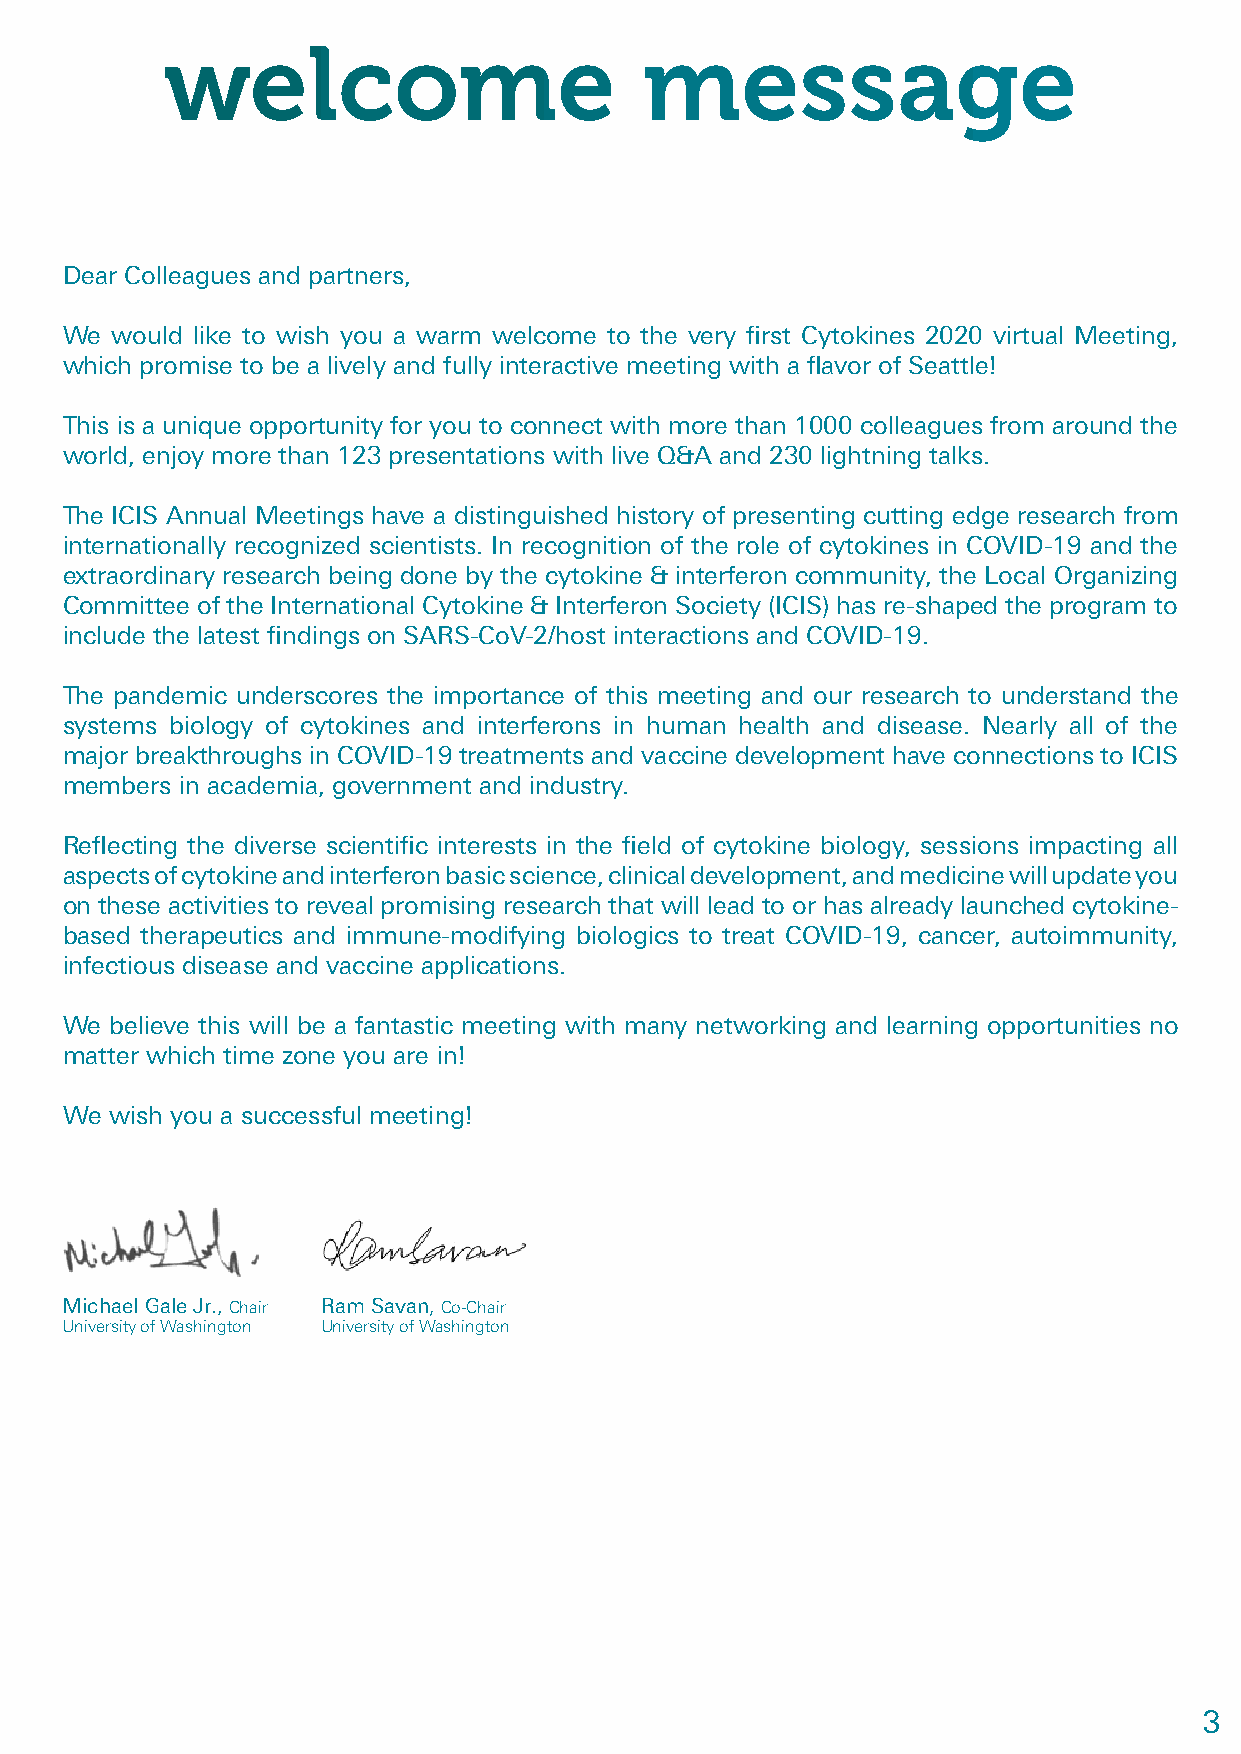
welcome                         message
 Dear Colleagues and partners,
 We would like to wish you a warm welcome to the very first Cytokines 2020 virtual Meeting,
 which promise to be a lively and fully interactive meeting with a flavor of Seattle!
 This is a unique opportunity for you to connect with more than 1000 colleagues from around the
 world, enjoy more than 123 presentations with live Q&A and 230 lightning talks.
 The ICIS Annual Meetings have a distinguished history of presenting cutting edge research from
 internationally recognized scientists. In recognition of the role of cytokines in COVID-19 and the
 extraordinary research being done by the cytokine & interferon community, the Local Organizing
 Committee of the International Cytokine & Interferon Society (ICIS) has re-shaped the program to
 include the latest findings on SARS-CoV-2/host interactions and COVID-19.
 The pandemic underscores the importance of this meeting and our research to understand the
 systems biology of cytokines and interferons in human health and disease. Nearly all of the
 major breakthroughs in COVID-19 treatments and vaccine development have connections to ICIS
 members in academia, government and industry.
 Reflecting the diverse scientific interests in the field of cytokine biology, sessions impacting all
 aspects of cytokine and interferon basic science, clinical development, and medicine will update you
 on these activities to reveal promising research that will lead to or has already launched cytokine-
 based therapeutics and immune-modifying biologics to treat COVID-19, cancer, autoimmunity,
 infectious disease and vaccine applications.
 We believe this will be a fantastic meeting with many networking and learning opportunities no
 matter which time zone you are in!
 We wish you a successful meeting!
 Michael Gale Jr., Chair Ram Savan, Co-Chair
 University of Washington University of Washington
 3